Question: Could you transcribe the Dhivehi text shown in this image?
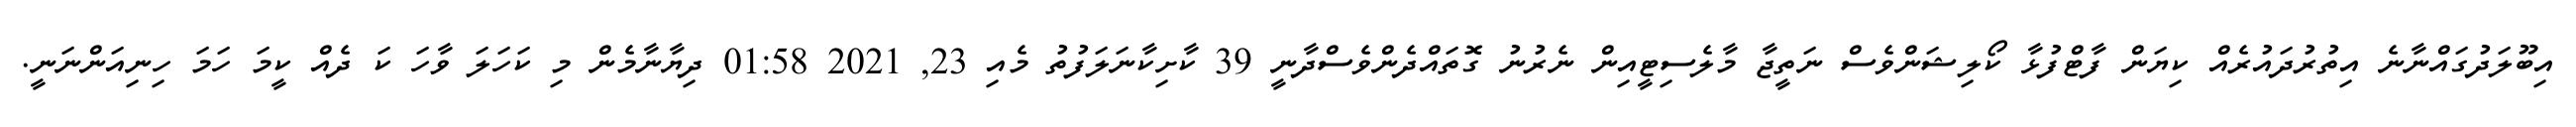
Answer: އިބޫލަދުގައްނާނެ އިތުރުދައުރެއް ކިޔަން ފާޓްފުޅާ ކޯލިޝަންވެސް ނަތީޖާ މާލެސިޓީއިން ނެރުނު ގޮތައްދެންވެސްދާނީ 39 ކާށިކާނަލަފުތު މެއި 23, 2021 01:58 ދިޔާނާމެން މި ކަހަލަ ވާހަ ކަ ދެއް ކީމަ ހަމަ ހިނިއަންނަނީ.